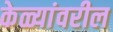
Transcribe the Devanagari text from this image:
केळ्यांवरील